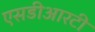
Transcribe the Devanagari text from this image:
एसडीआरटी